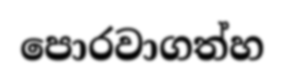
පොරවාගත්හ